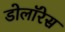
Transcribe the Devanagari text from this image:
डोलॉरेस